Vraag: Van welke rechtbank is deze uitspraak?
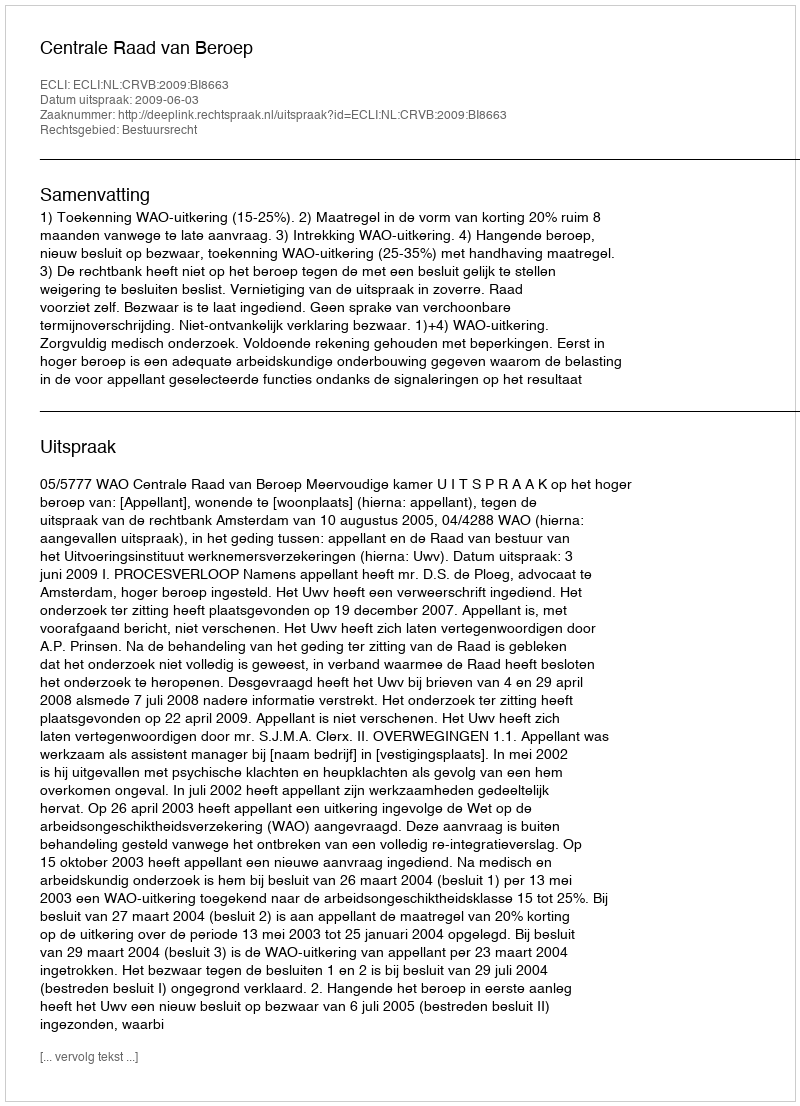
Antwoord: Centrale Raad van Beroep